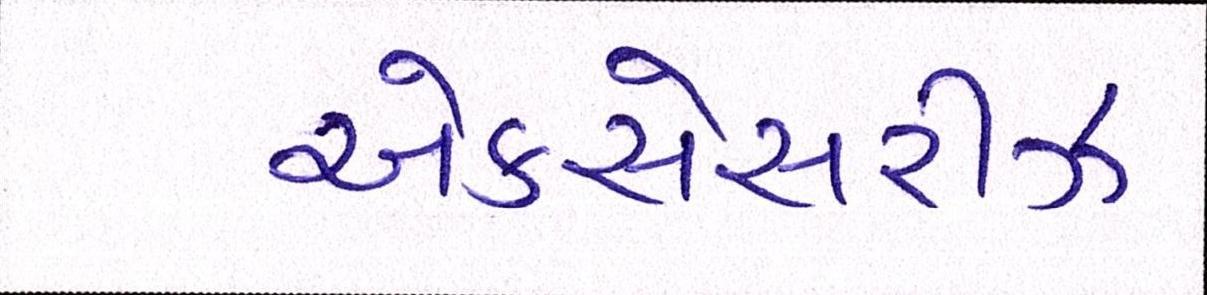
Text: એકસેસરીઝ